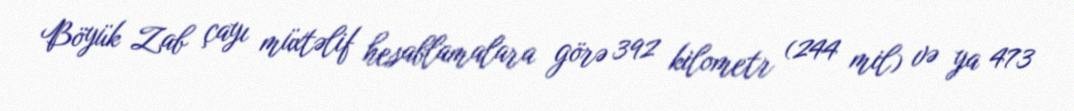
Böyük Zab çayı müxtəlif hesablamalara görə 392 kilometr (244 mil) və ya 473